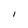
Character: I